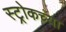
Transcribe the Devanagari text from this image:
स्ट्रोकच्या